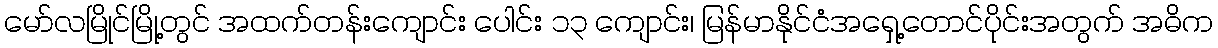
မော်လမြိုင်မြို့တွင် အထက်တန်းကျောင်း ပေါင်း ၁၃ ကျောင်း၊ မြန်မာနိုင်ငံအရှေ့တောင်ပိုင်းအတွက် အဓိက